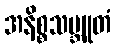
အနိစ္စသမ္ဘူတံ